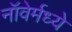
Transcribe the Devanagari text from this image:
नॉवेर्मध्ये